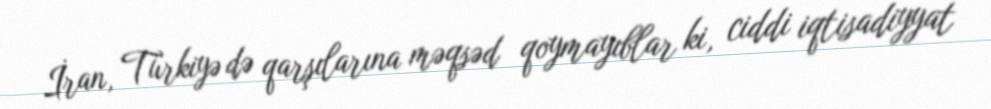
İran, Türkiyə də qarşılarına məqsəd qoymayıblar ki, ciddi iqtisadiyyat